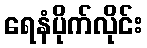
ရေနံပိုက်လိုင်း